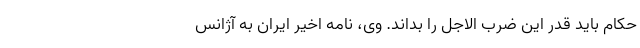
حکام باید قدر این ضرب الاجل را بداند. وی، نامه اخیر ایران به آژانس